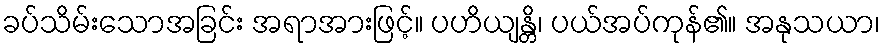
ခပ်သိမ်းသောအခြင်း အရာအားဖြင့်။ ပဟိယျန္တိ၊ ပယ်အပ်ကုန်၏။ အနုသယာ၊